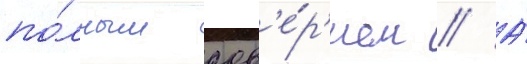
по́лным дов'е́р'ием // А́